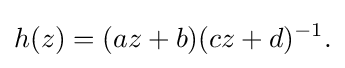
\displaystyle {h(z)=(az+b)(cz+d)^{-1}.}